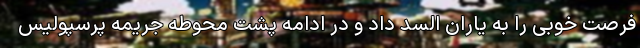
فرصت خوبی را به یاران السد داد و در ادامه پشت محوطه جریمه پرسپولیس